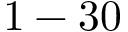
1 - 3 0